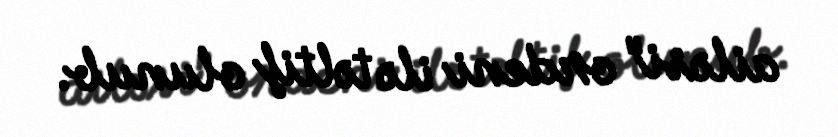
ailəsi" ordeni ilə təltif olunub.